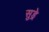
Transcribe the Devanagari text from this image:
सुड्रे